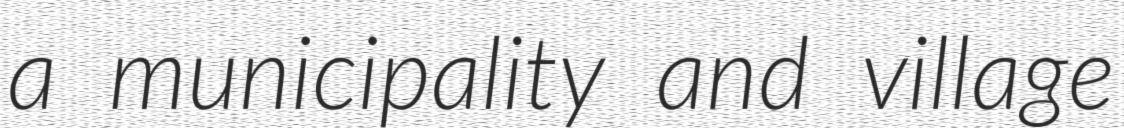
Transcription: a municipality and village